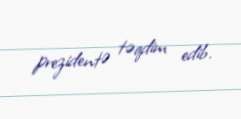
prezidentə təqdim edib.